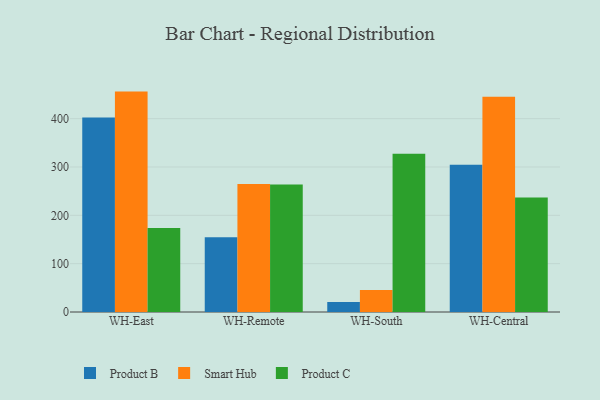
{"axis": {"x": "Warehouse", "y": "Energy Usage (MWh)"}, "legend": ["Product B", "Product C", "Smart Hub"], "data": [{"x": "WH-East", "y": 402.5, "type": "Product B"}, {"x": "WH-East", "y": 456.0, "type": "Smart Hub"}, {"x": "WH-East", "y": 173.6, "type": "Product C"}, {"x": "WH-Remote", "y": 154.5, "type": "Product B"}, {"x": "WH-Remote", "y": 264.8, "type": "Smart Hub"}, {"x": "WH-Remote", "y": 263.9, "type": "Product C"}, {"x": "WH-South", "y": 20.7, "type": "Product B"}, {"x": "WH-South", "y": 45.6, "type": "Smart Hub"}, {"x": "WH-South", "y": 327.6, "type": "Product C"}, {"x": "WH-Central", "y": 304.5, "type": "Product B"}, {"x": "WH-Central", "y": 445.6, "type": "Smart Hub"}, {"x": "WH-Central", "y": 236.9, "type": "Product C"}]}